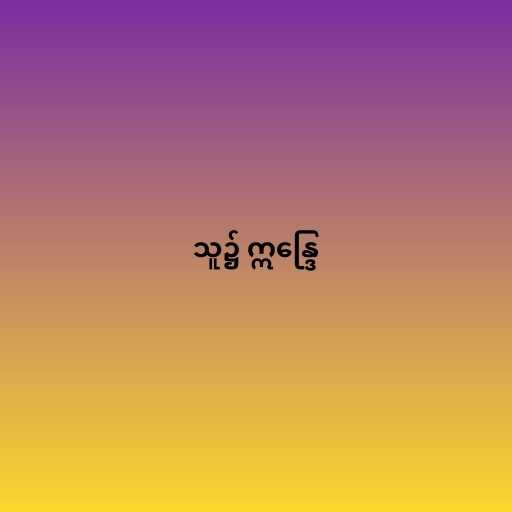
သူ၌ ဣန္ဒြေ